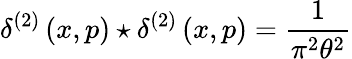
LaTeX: \delta^{\left(2\right)}\left(x,p\right)\star\delta^{\left(2\right)}\left(x,p\right)=\frac{1}{\pi^{2}\theta^{2}}